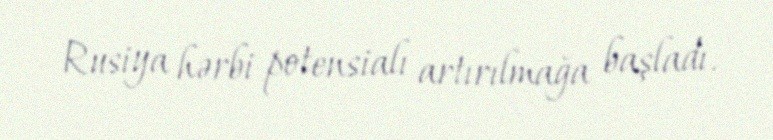
Rusiya hərbi potensialı artırılmağa başladı.